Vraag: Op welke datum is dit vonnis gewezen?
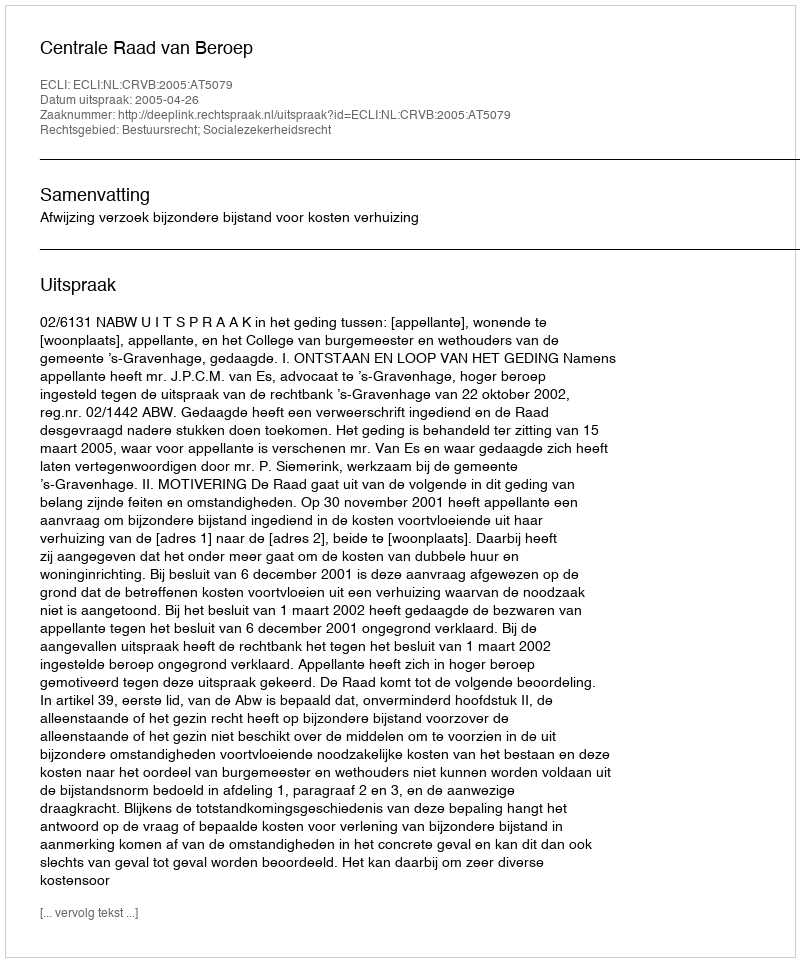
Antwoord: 2005-04-26